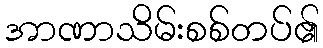
အာဏာသိမ်းစစ်တပ်၏